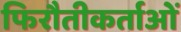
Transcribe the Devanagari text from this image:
फिरौतीकर्ताओं